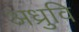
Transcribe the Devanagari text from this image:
अध्रुवि